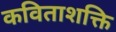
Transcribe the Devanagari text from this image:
कविताशक्ति